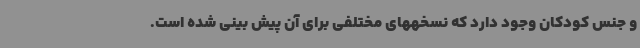
و جنس کودکان وجود دارد که نسخههای مختلفی برای آن پیش بینی شده است.